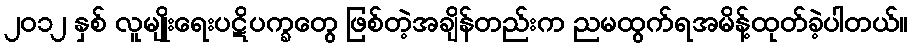
၂၀၁၂ နှစ် လူမျိုးရေးပဋိပက္ခတွေ ဖြစ်တဲ့အချိန်တည်းက ညမထွက်ရအမိန့်ထုတ်ခဲ့ပါတယ်။